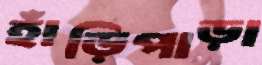
হাঁড়িপাড়া